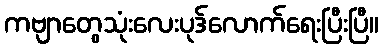
ကဗျာတွေသုံးလေးပုဒ်လောက်ရေးပြီးပြီ။